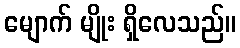
မျောက် မျိုး ရှိလေသည်။